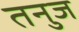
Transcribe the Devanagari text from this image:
तनुज